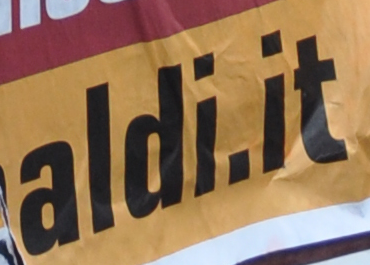
aldi.it